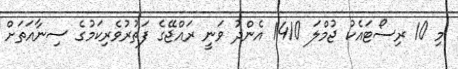
މި 10 ރިސޯޓައެކު ޖުމްލަ 1410 އެންދު ވަނީ ރައްޖޭގެ ފަތުރުވެރިކަމުގެ ސިނާއަތަށް